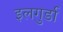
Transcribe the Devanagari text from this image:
इलगुर्डा